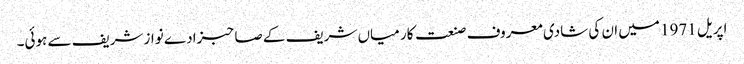
اپریل 1971 میں ان کی شادی معروف صنعت کار میاں شریف کے صاحبزادے نواز شریف سے ہوئی۔